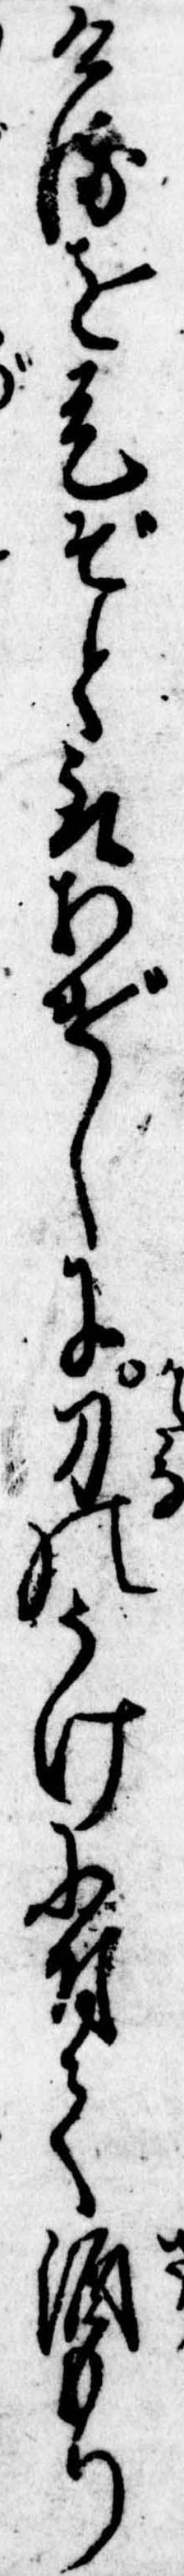
けるを是ぞと取あげしに刀のうけに付て酒もり